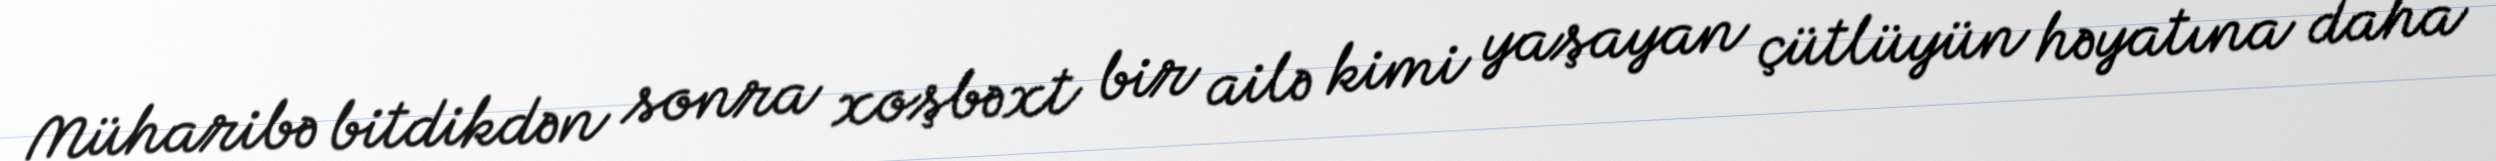
Müharibə bitdikdən sonra xoşbəxt bir ailə kimi yaşayan çütlüyün həyatına daha